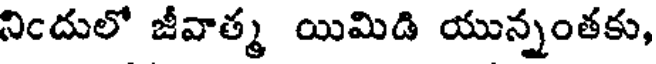
నిందులో జీవాత్మ యిమిడి యున్నంతకు,